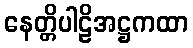
နေတ္တိပါဠိအဋ္ဌကထာ